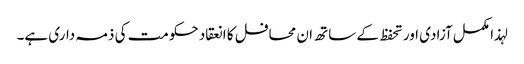
لہذا مکمل آزادی اور تحفظ کے ساتھ ان محافل کا انعقاد حکومت کی ذمہ داری ہے۔